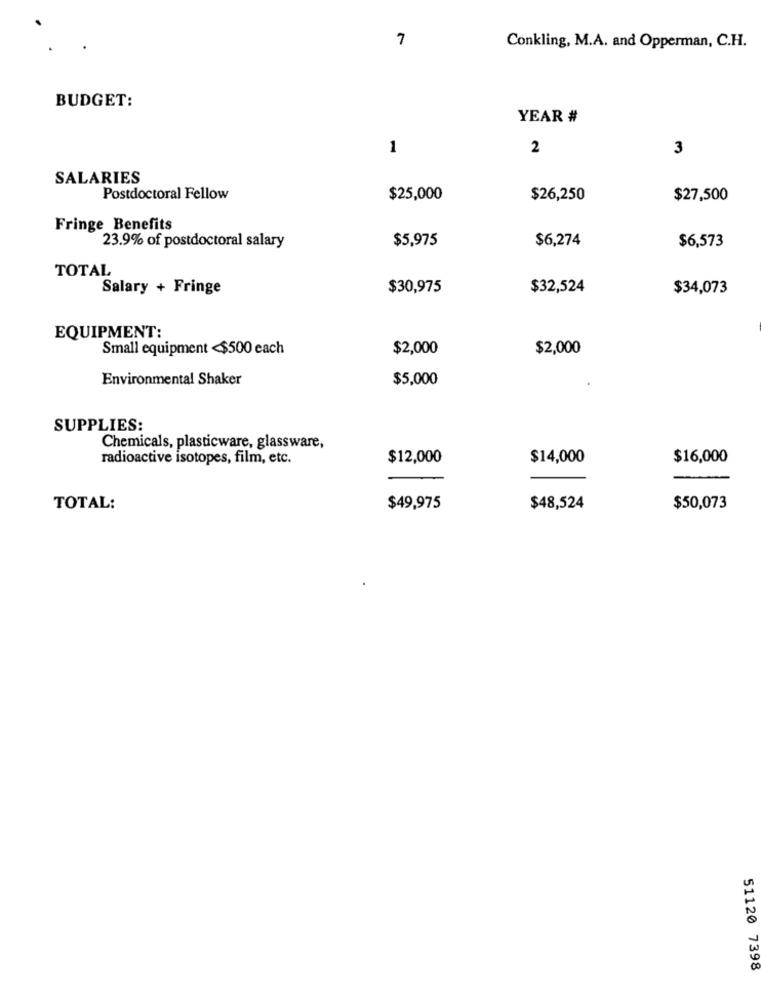
7
Conkling, M.A. and Opperman, C.H.
BUDGET:
YEAR #
1
2
3
SALARIES
Postdoctoral Fellow
$25,000
$26,250
$27,500
Fringe Benefits
23.9% of postdoctoral salary
$5,975
$6,274
$6,573
TOTAL
Salary + Fringe
$30,975
$32,524
$34,073
EQUIPMENT:
Small equipment <$500 each
$2,000
$2,000
Environmental Shaker
$5,000
SUPPLIES:
Chemicals, plasticware, glassware,
radioactive isotopes, film, etc.
$12,000
$14,000
$16,000
TOTAL:
$49,975
$48,524
$50,073
51120 7398